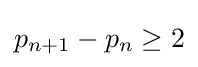
p_{n+1}-p_{n}\geq 2